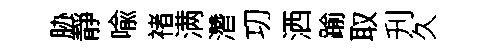
胁靜喩禇满濳㓛洒踰取刋久